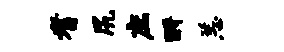
耆尻庶酹恙